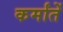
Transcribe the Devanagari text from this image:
कर्मांतें